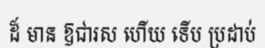
ដ៏ មាន ឱជារស ហើយ ទើប ប្រដាប់